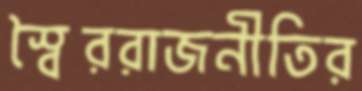
স্বৈররাজনীতির